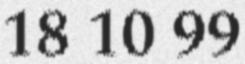
18 10 99